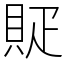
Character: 䝪